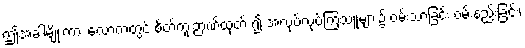
ဤအခါမျိုးကား လောကတွင် စိတ်ကူးဉာဏ်ထုတ် ၍ အလုပ်လုပ်ကြသူများ၌ ဝမ်းသာခြင်း ဝမ်းနည်းခြင်း၊